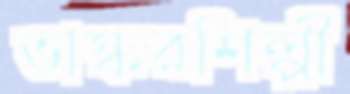
ভাস্করশিল্পী